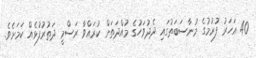
40 އަހަރު ފުރުމުގެ މުނާސަބަތުގައި ދެދުވަހުގެ މުއްދަތަށް ކުރައްވާ ރަސްމީ ދަތުރުފުޅެއް ކަމަށެވެ.